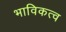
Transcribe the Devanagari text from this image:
भाविकत्व